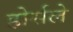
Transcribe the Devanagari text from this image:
होर्सले